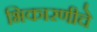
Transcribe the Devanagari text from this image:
भिकारणीचे